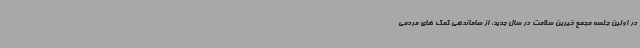
در اولین جلسه مجمع خیرین سلامت در سال جدید، از ساماندهی کمک های مردمی